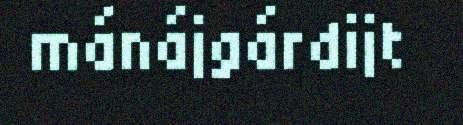
mánájgárdijt